Piroplasma canis and its life cycle in the tick - Number 29
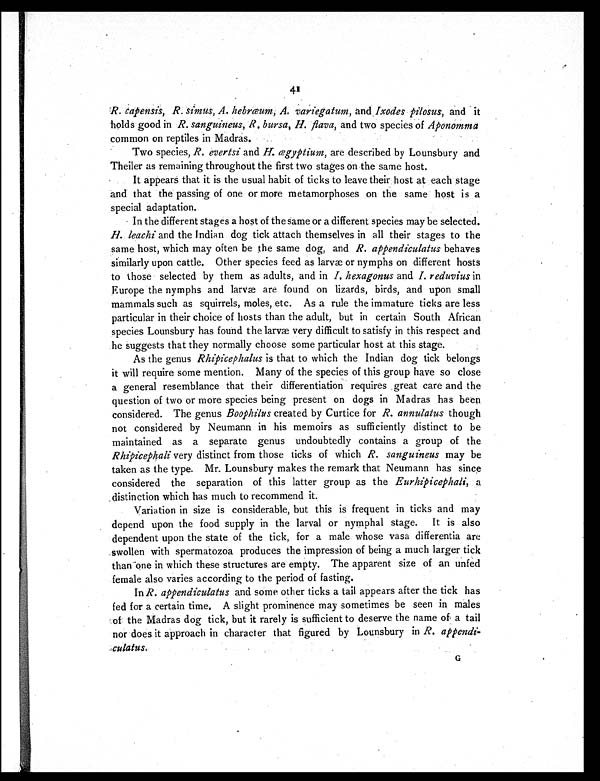
41
R. capensis, R. simus, A. hebræum, A. variegatum, and Ixodes pilosus, and it
holds good in R. sanguineus, R. bursa, H. flava, and two species of Aponomma
common on reptiles in Madras.
Two species, R. evertsi and H. ægyptium, are described by Lounsbury and
Theiler as remaining throughout the first two stages on the same host.
It appears that it is the usual habit of ticks to leave their host at each stage
and that the passing of one or more metamorphoses on the same host is a
special adaptation.
In the different stages a host of the same or a different species may be selected,
H. leachi and the Indian dog tick attach themselves in all their stages to the
same host, which may often be the same dog, and R. appendiculatus behaves
similarly upon cattle. Other species feed as larvæ or nymphs on different hosts
to those selected by them as adults, and in I. hexagonus and I. reduvius in
Europe the nymphs and larvæ are found on lizards, birds, and upon small
mammals such as squirrels, moles, etc. As a rule the immature ticks are less
particular in their choice of hosts than the adult, but in certain South African
species Lounsbury has found the larvæ very difficult to satisfy in this respect and
he suggests that they normally choose some particular host at this stage.
As the genus Rhipicephalus is that to which the Indian dog tick belongs
it will require some mention. Many of the species of this group have so close
a general resemblance that their differentiation requires great care and the
question of two or more species being present on dogs in Madras has been
considered. The genus Boophilus created by Curtice for R. annulatus though
not considered by Neumann in his memoirs as sufficiently distinct to be
maintained as a separate genus undoubtedly contains a group of the
Rhipicephali very distinct from those ticks of which R. sanguineus may be
taken as the type. Mr. Lounsbury makes the remark that Neumann has since
considered the separation of this latter group as the Eurhipicephali, a
distinction which has much to recommend it.
Variation in size is considerable, but this is frequent in ticks and may
depend upon the food supply in the larval or nymphal stage. It is also
dependent upon the state of the tick, for a male, whose vasa differentia are
swollen with spermatozoa produces the impression of being a much larger tick
than one in which these structures are empty. The apparent size of an unfed
female also varies according to the period of fasting.
In R. appendiculatus and some other ticks a tail appears after the tick has
fed for a certain time. A slight prominence may sometimes be seen in males
of the Madras dog tick, but it rarely is sufficient to deserve the name of a tail
nor does it approach in character that figured by Lounsbury in R. appendi-
culatus.
G